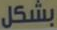
بشكل